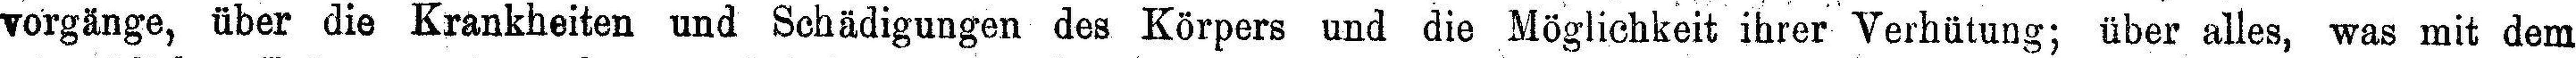
vorgänge, über die Krankheiten und Schädigungen des Körpers und die Möglichkeit ihrer Verhütung; über alles, was mit dem